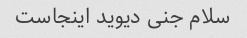
سلام جنی دیوید اینجاست